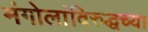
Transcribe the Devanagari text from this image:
मंगोलांविरुद्धच्या